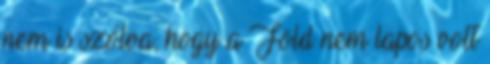
nem is szólva, hogy a Föld nem lapos volt